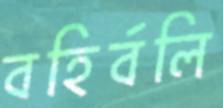
বহির্বলি